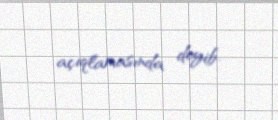
açıqlamasında deyib.